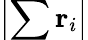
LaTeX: \left|\sum\mathbf{r}_{i}\right|